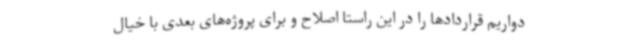
دواریم قراردادها را در این راستا اصلاح و برای پروژه‌های بعدی با خیال